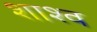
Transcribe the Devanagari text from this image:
शाश्व